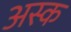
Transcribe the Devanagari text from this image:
अस्क